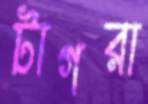
টাগরা